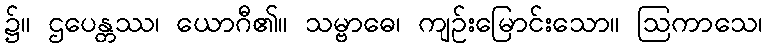
၌။ ဌပေန္တဿ၊ ယောဂီ၏။ သမ္ဗာဓေ၊ ကျဉ်းမြောင်းသော။ ဩကာသေ၊